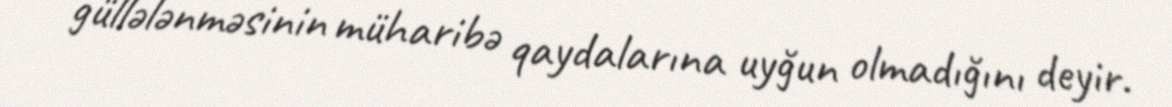
güllələnməsinin müharibə qaydalarına uyğun olmadığını deyir.